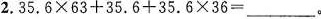
2.$$3 5 . 6 \times 6 3 + 3 5 . 6 + 3 5 . 6 \times 3 6 =$$___。